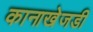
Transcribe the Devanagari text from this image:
कानाखेजडी